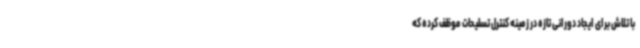
با تلاش برای ایجاد دورانی تازه در زمینه کنترل تسلیحات موظف کرده که